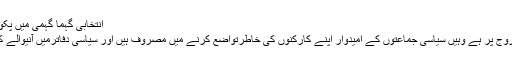
انتخابی گہما گہمی میں پکوان تیار کرنے والوں کی چاندی - دی پاکستان ٹرائیبون
لاہور: ملک میں جہاں ایک طرف سیاسی گہماگہمی عروج پر ہے وہیں سیاسی جماعتوں کے امیدوار اپنے کارکنوں کی خاطرتواضع کرنے میں مصروف ہیں اور سیاسی دفاترمیں آنیوالے کارکنوں کی مختلف پکوانوں سے تواضع کی جاتی ہے۔